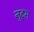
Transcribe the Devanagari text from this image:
नुट्स